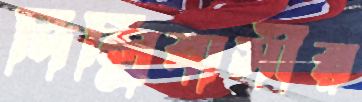
দিল্লিবাসীর